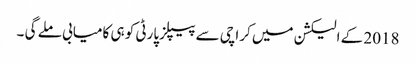
2018 کے الیکشن میں کراچی سے پیپلزپارٹی کو ہی کامیابی ملے گی ۔